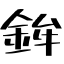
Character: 鉾